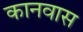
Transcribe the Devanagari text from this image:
कानवास